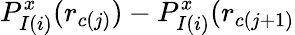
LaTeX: P_{I(i)}^{x}(r_{c(j)})-P_{I(i)}^{x}(r_{c(j+1)}